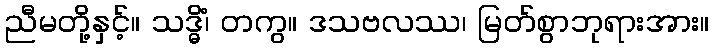
ညီမတို့နှင့်။ သဒ္ဓိံ၊ တကွ။ ဒသဗလဿ၊ မြတ်စွာဘုရားအား။